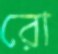
রো